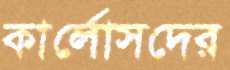
কার্লোসদের